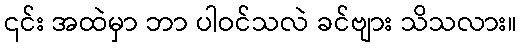
၎င်း အထဲမှာ ဘာ ပါဝင်သလဲ ခင်ဗျား သိသလား။